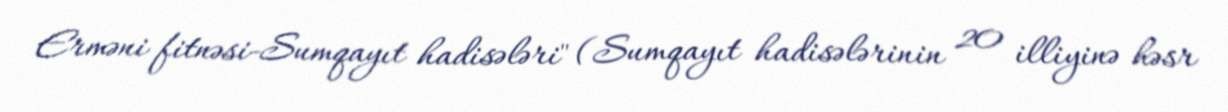
Erməni fitnəsi-Sumqayıt hadisələri" (Sumqayıt hadisələrinin 20 illiyinə həsr